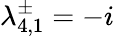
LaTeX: \lambda_{4,1}^{\pm}=-i